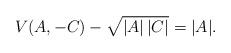
LaTeX: \begin{align*} V(A,-C)- \sqrt{|A|\,|C|} = |A|.\end{align*}